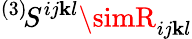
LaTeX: {}^{(3)}\! S^{ij\mathbf{k}l}\simR_{ij\mathbf{k}l}